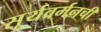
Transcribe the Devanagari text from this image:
सूर्यवर्मनची